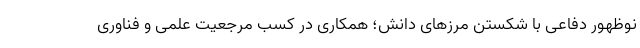
نوظهور دفاعی با شکستن مرزهای دانش؛ همکاری در کسب مرجعیت علمی و فناوری